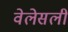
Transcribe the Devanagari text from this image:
वेलेसली